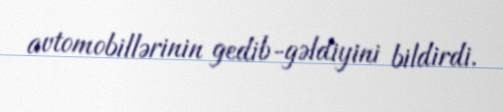
avtomobillərinin gedib-gəldiyini bildirdi.